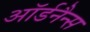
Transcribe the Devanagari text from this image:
ऑर्डनैन्स